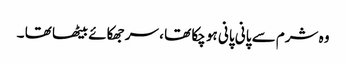
وہ شرم سے پانی پانی ہو چکا تھا ، سر جھکائے بیٹھا تھا ۔